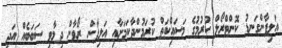
އަލިފާންގަނޑު ކޮންޓްރޯލް ކުރުމުގެ މަސައްކަތް ކުރަމުންދާކަމަށާއި އަލިފާން ރޯވާން ދިމާވި ސަބަބެއް އަދި